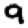
Digit: 9